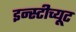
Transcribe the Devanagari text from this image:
इन्स्टीच्यूट